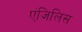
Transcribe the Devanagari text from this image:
एंजिलिस